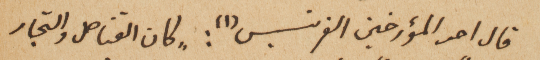
قال احد المؤرخين الفرنسيس(١): "كان القناصل والتجار